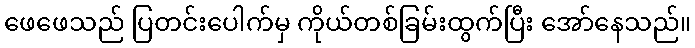
ဖေဖေသည် ပြတင်းပေါက်မှ ကိုယ်တစ်ခြမ်းထွက်ပြီး အော်နေသည်။